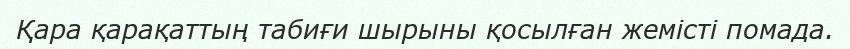
Қара қарақаттың табиғи шырыны қосылған жемісті помада.